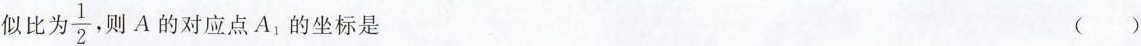
似比为\frac{1}{2} ，则A的对应点A_{1}的坐标是 ()